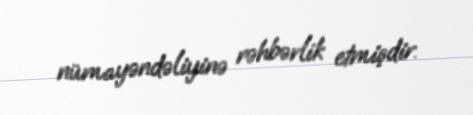
nümayəndəliyinə rəhbərlik etmişdir.